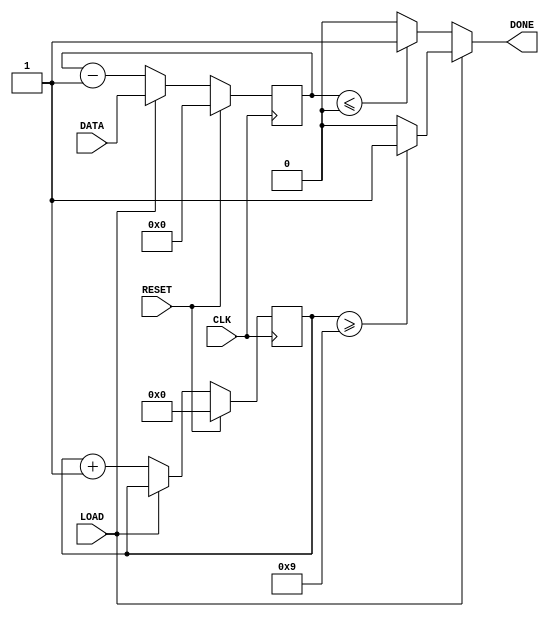
module countdown(RESET, CLK, LOAD, DATA, DONE);
input RESET;
input CLK;
input LOAD;
input [9:0] DATA;

output DONE;

reg [9:0] COUNT;
reg [3:0] TEN;

always @(posedge CLK) begin
	if(RESET) begin
		COUNT <= 10'b0;
		TEN <= 4'b0;
	end
	else if(LOAD) begin
		COUNT <= DATA;
	end
	else begin
		COUNT <= COUNT - 10'b0000000001;
		TEN <= TEN + 4'b0001;
	end
end
	assign DONE = (LOAD == 1'b0) ? ((COUNT <= 10'b0) ? 1'b1: 1'b0) : ((TEN >= 4'b1001) ? 1'b1 : 1'b0);
	//assign DONE = (COUNT <= 10'b0) ? 1'b1: 1'b0;
	//assign TENCYC = (TEN >= 4'b1010) ? 1'b1 : 1'b0;
endmodule